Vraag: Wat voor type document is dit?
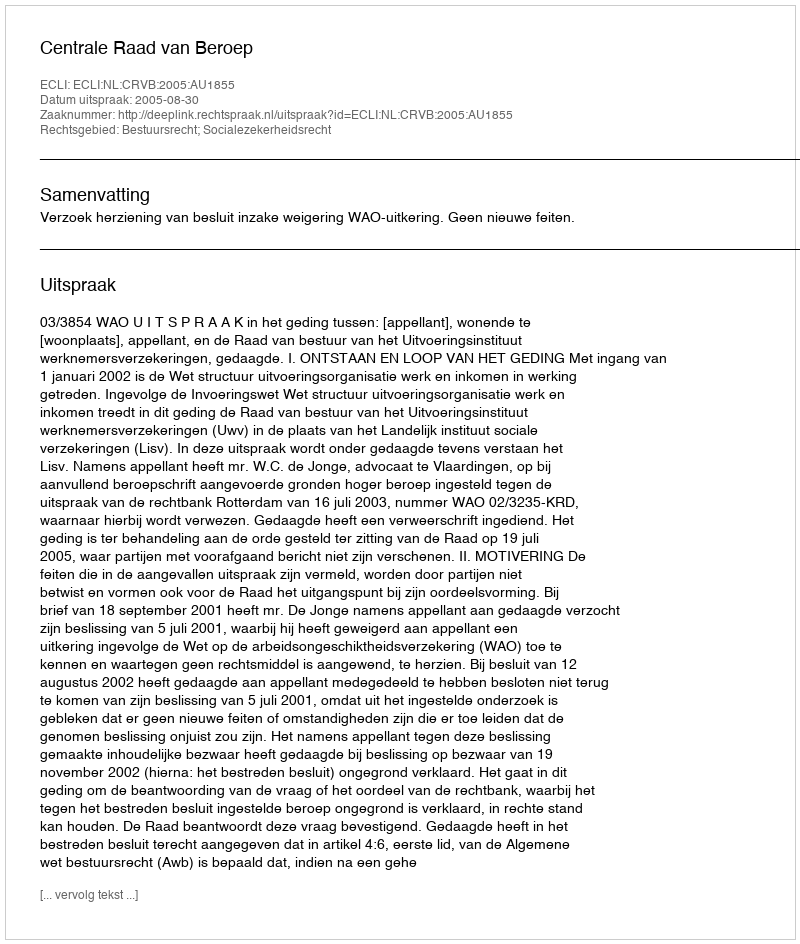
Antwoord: Uitspraak